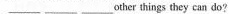
___ ___ ___ other things they can do?